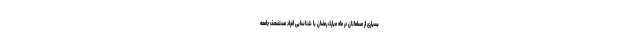
بسیاری از مسلمانان در ماه مبارک رمضان با شناسایی افراد مستضعف جامعه